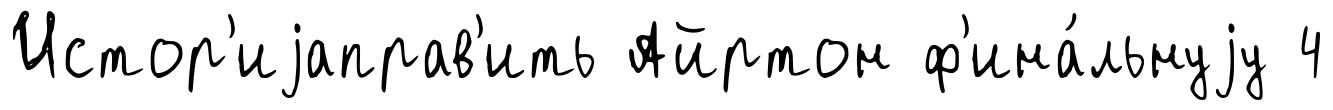
Истор'иjаправ'ить Айртон ф'ина́льнуjу 4